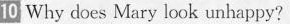
10 Why does Mary look unhappy?